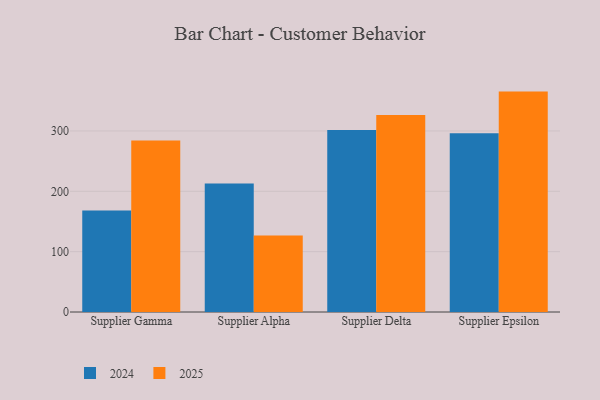
{"axis": {"x": "Supplier", "y": "Gross Profit (USD K)"}, "legend": ["2024", "2025"], "data": [{"x": "Supplier Gamma", "y": 168.2, "type": "2024"}, {"x": "Supplier Gamma", "y": 284.2, "type": "2025"}, {"x": "Supplier Alpha", "y": 213.1, "type": "2024"}, {"x": "Supplier Alpha", "y": 126.8, "type": "2025"}, {"x": "Supplier Delta", "y": 301.5, "type": "2024"}, {"x": "Supplier Delta", "y": 326.3, "type": "2025"}, {"x": "Supplier Epsilon", "y": 296.0, "type": "2024"}, {"x": "Supplier Epsilon", "y": 365.2, "type": "2025"}]}